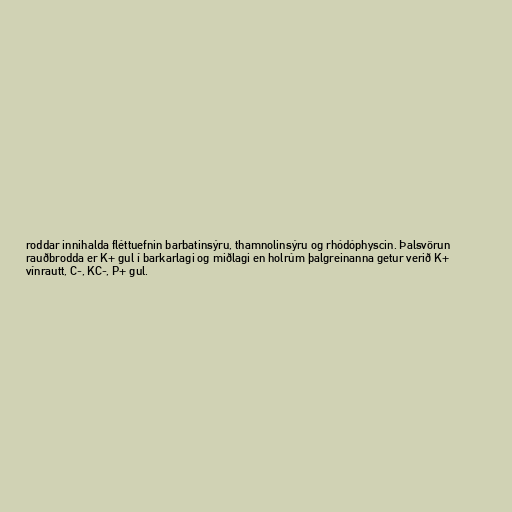
roddar innihalda fléttuefnin barbatinsýru, thamnolinsýru og rhódóphyscin. Þalsvörun
rauðbrodda er K+ gul í barkarlagi og miðlagi en holrúm þalgreinanna getur verið K+
vínrautt, C-, KC-, P+ gul.